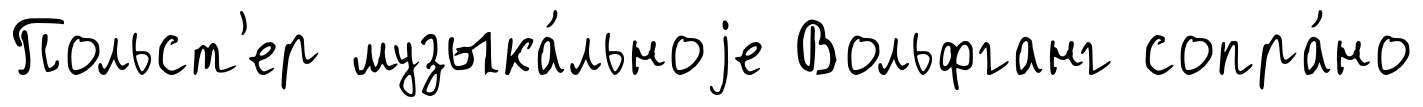
Польст'ер музыка́льноjе Вольфганг сопра́но